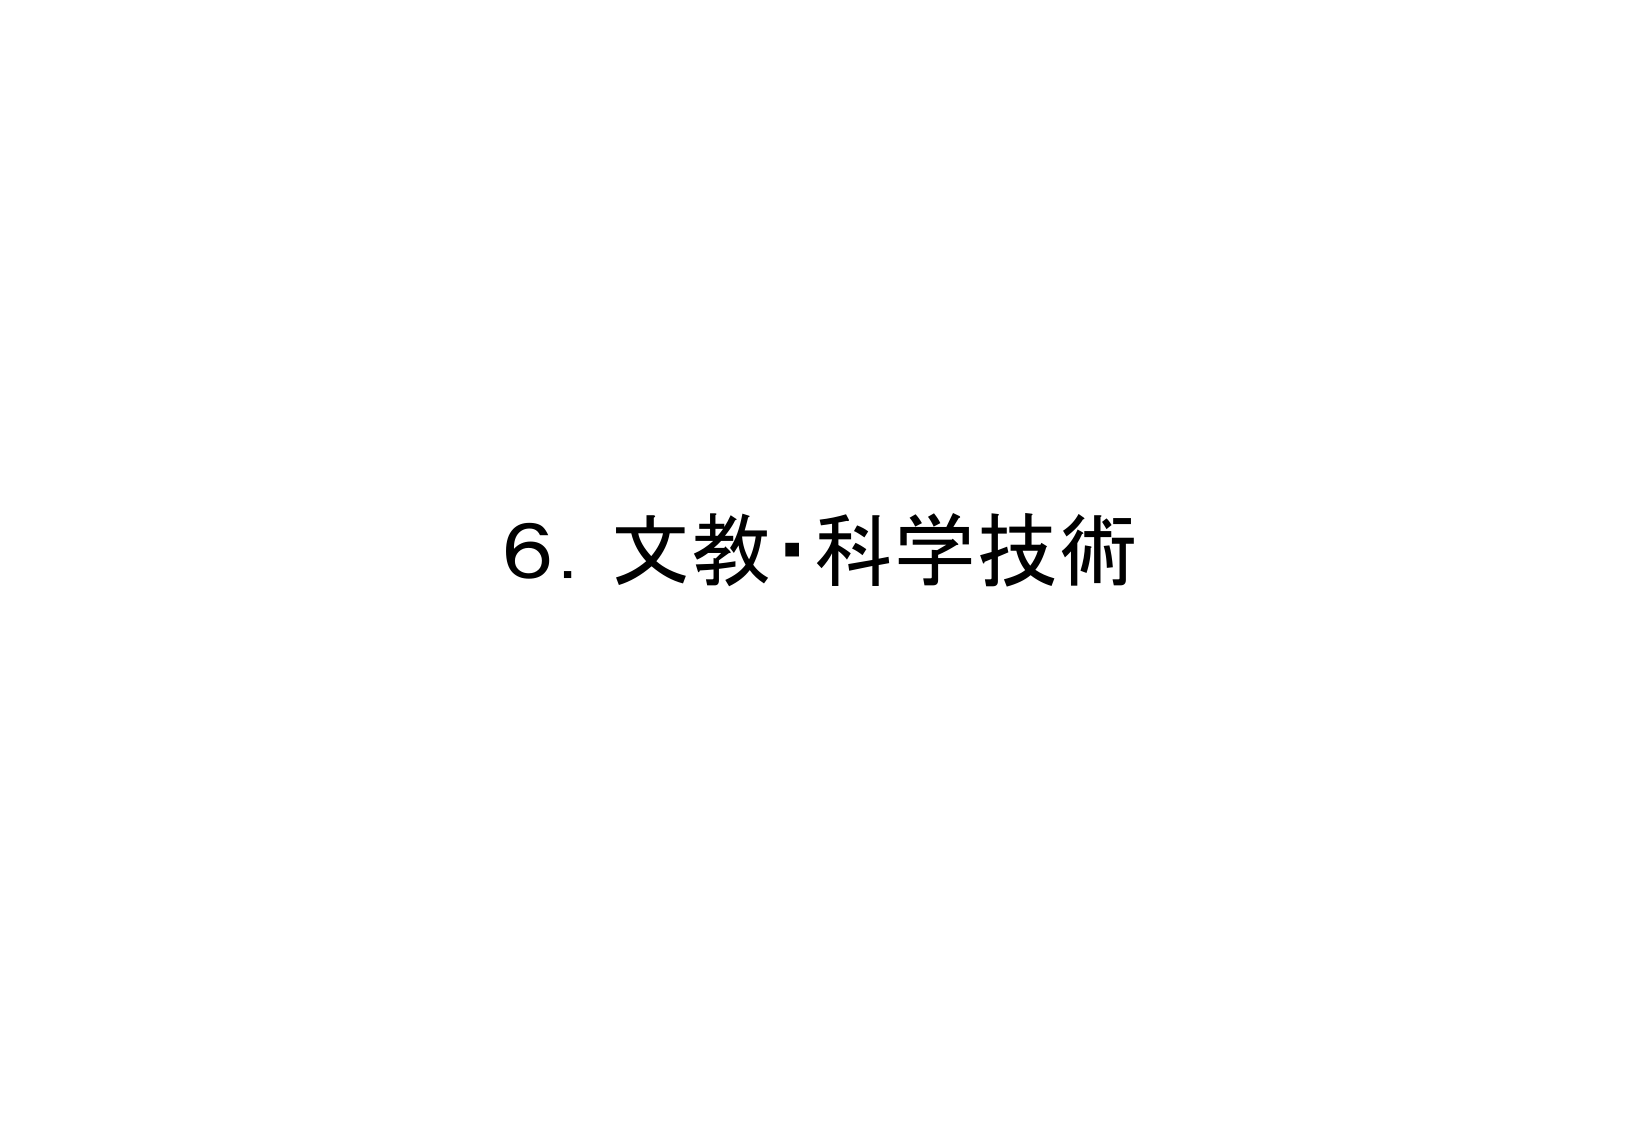
6. 文教・科学技術